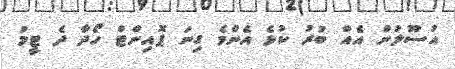
އުސޫލުން އެއް ބުރު ކުޅެ އެންމެ ގިނަ ޕޮއިންޓް ހޯދާ ދެ ޓީމު